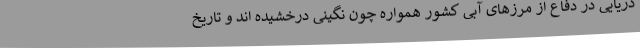
دریایی در دفاع از مرزهای آبی کشور همواره چون نگینی درخشیده اند و تاریخ